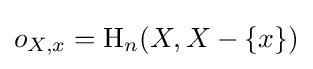
o_{X,x}=\operatorname {H} _{n}(X,X-\{x\})